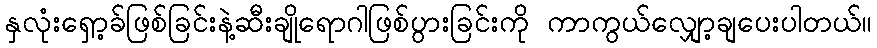
နှလုံးရှော့ခ်ဖြစ်ခြင်းနဲ့ဆီးချိုရောဂါဖြစ်ပွားခြင်းကို ကာကွယ်လျှော့ချပေးပါတယ်။